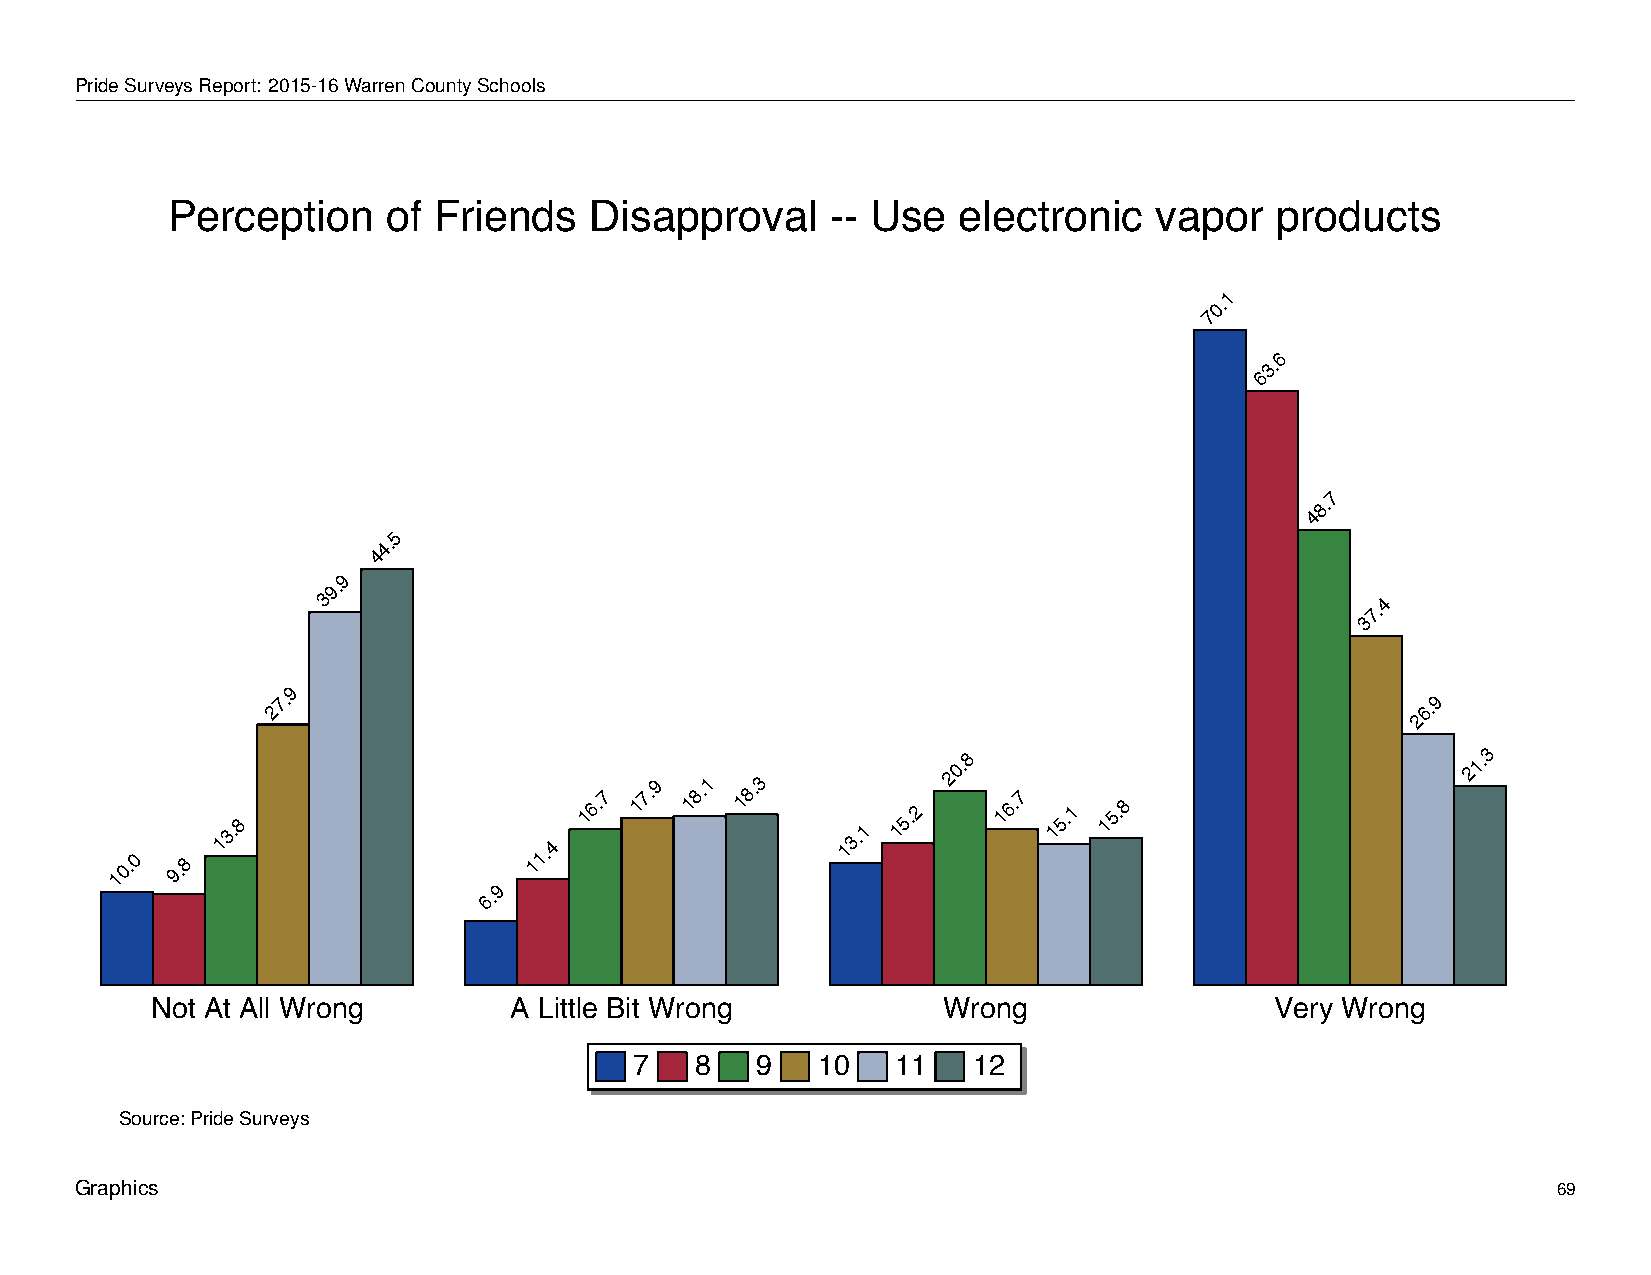
Perception            of    Friends         Disapproval               --  Use      electronic           vapor       products
 PrideSurveysReport: 2015-16WarrenCountySchools
 Perception     of Friends   Disapproval     -- Use  electronic   vapor   products
 1
 0.
 7
 6
 3.
 6
 7
 8.
 4
 5
 4.
 4
 9
 9.
 3                                                                     7.4
 3
 9
 27.                                                                         26.9
 10.0 9.8
 13.8
 9
 11.4
 16.7
 17.9 18.1 18.3
 13.1
 15.2
 20.8
 16.7
 15.1 15.8
 21.3
 6.
 Not At All Wrong        A Little Bit Wrong          Wrong                 Very Wrong
 7   8   9   10   11   12
 Source: Pride Surveys
 Graphics                                                                                          69